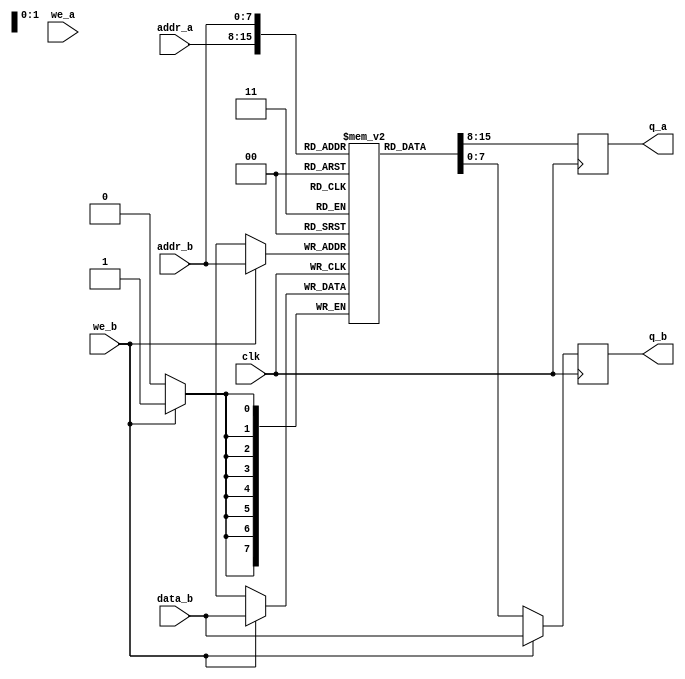
//module ins_ram		// 8 bit addressing 256 bytes - 256 instructions max
//(
//	input [7:0] data,
//	input [7:0] addr,
//	input we, clk,
//	output [7:0] q
//);
//
//	// Declare the RAM variable
//	reg [7:0] ram[255:0];//'{default:'0};
//
//	// Variable to hold the registered read address
//	reg [7:0] addr_reg;
//	
//	// Specify the initial contents.  You can also use the $readmemb
//	// system task to initialize the RAM variable from a text file.
//	// See the $readmemb template page for details.
//	initial 
//	begin : INIT
//		integer i;
//		for(i = 0; i < 256; i = i + 1)
//			ram[i] = {8{1'b1}};
//	end 
//
//	always @ (posedge clk)				// CHANGE TO NEGEDGE FROM POS EDGE IF NOT ENOUGH TIME
//	begin
//		// Write
//		if (we)
//			ram[addr] <= data;
//
//		addr_reg <= addr;
//	end
//
//	// Continuous assignment implies read returns NEW data.
//	// This is the natural behavior of the TriMatrix memory
//	// blocks in Single Port mode.  
//	assign q = ram[addr_reg];
//
//endmodule

module ins_ram//_single_clock
//#(parameter DATA_WIDTH=8, parameter ADDR_WIDTH=8)
(
	input [7:0] /*data_a,*/ data_b,
	input [7:0] addr_a, addr_b,
	input we_a, we_b, clk,
	output reg [7:0] q_a, q_b
);

	// Declare the RAM variable
	reg [7:0] ram[255:0];

	// Port A 
	always @ (posedge clk)
	begin
		if (we_a) 
		begin
			//ram[addr_a] <= data_a;
			//q_a <= data_a;
			q_a <= ram[addr_a];
		end
		else 
		begin
			q_a <= ram[addr_a];
		end 
	end 

	// Port B 
	always @ (posedge clk)
	begin
		if (we_b) 
		begin
			ram[addr_b] <= data_b;
			q_b <= data_b;
		end
		else 
		begin
			q_b <= ram[addr_b];
		end 
	end

endmodule